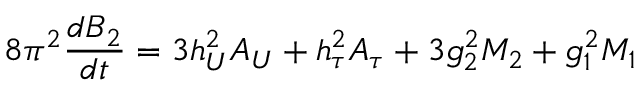
8 \pi ^ { 2 } \frac { d B _ { 2 } } { d t } = 3 h _ { U } ^ { 2 } A _ { U } + h _ { \tau } ^ { 2 } A _ { \tau } + 3 g _ { 2 } ^ { 2 } M _ { 2 } + g _ { 1 } ^ { 2 } M _ { 1 }